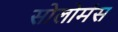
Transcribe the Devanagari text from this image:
सोलोमंस